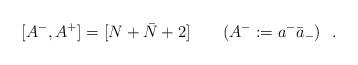
LaTeX: \begin{align*}[A^-,A^+]=[N+\bar N+2]\ \ \ \ \ \ (A^- := a^- {\bar a}_- )\ \ .\end{align*}